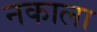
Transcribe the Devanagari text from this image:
नकाला